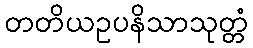
တတိယဥပနိသာသုတ္တံ